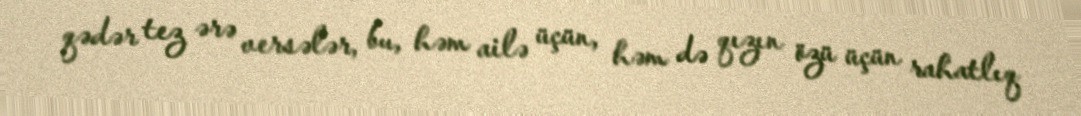
qədər tez ərə versələr, bu, həm ailə üçün, həm də qızın özü üçün rahatlıq